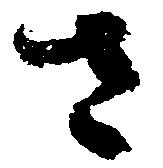
さ